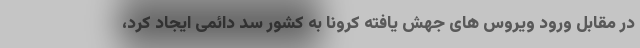
در مقابل ورود ویروس های جهش یافته کرونا به کشور سد دائمی ایجاد کرد،